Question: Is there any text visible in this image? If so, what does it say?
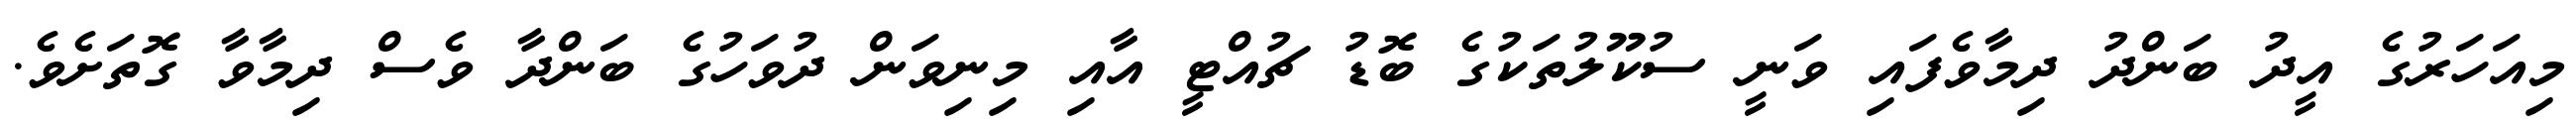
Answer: މިއަހަރުގެ އީދު ބަންދު ދިމާވެފައި ވަނީ ސުކޫލުތަކުގެ ބޮޑު ޗުއްޓީ އާއި މިނިވަން ދުވަހުގެ ބަންދާ ވެސް ދިމާވާ ގޮތަށެވެ.